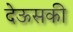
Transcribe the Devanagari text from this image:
देऊसकी